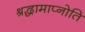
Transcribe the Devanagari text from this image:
श्रद्धामाप्नोति